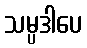
သမ္ပဒါပေ